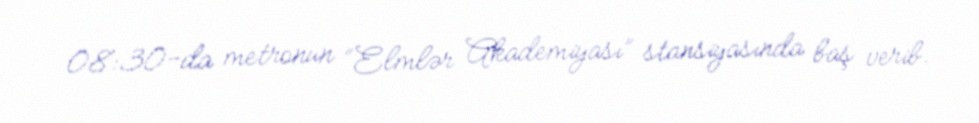
08:30-da metronun “Elmlər Akademiyası” stansiyasında baş verib.